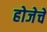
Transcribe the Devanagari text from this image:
होजेचे